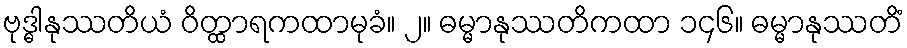
ဗုဒ္ဓါနုဿတိယံ ဝိတ္ထာရကထာမုခံ။ ၂။ ဓမ္မာနုဿတိကထာ ၁၄၆။ ဓမ္မာနုဿတိံ